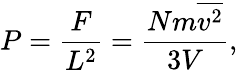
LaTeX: P={\frac{F}{L^{2}}}={\frac{Nm{\overline{{v^{2}}}}}{3V}},